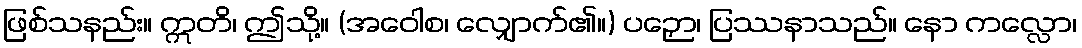
ဖြစ်သနည်း။ ဣတိ၊ ဤသို့။ (အဝေါစ၊ လျှောက်၏။) ပဉှော၊ ပြဿနာသည်။ နော ကလ္လော၊